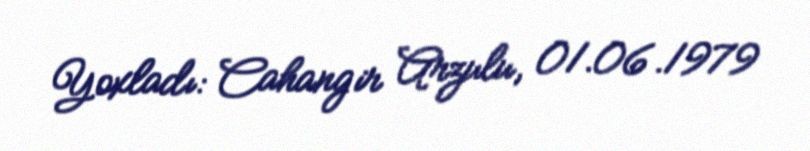
Yoxladı: Cahangir Arzulu, 01.06.1979